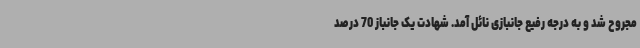
مجروح شد و به درجه رفیع جانبازی نائل آمد. شهادت یک جانباز 70 درصد